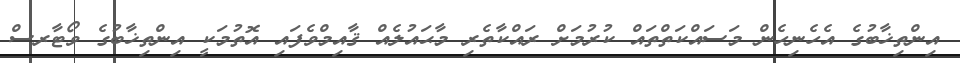
އިންތިޚާބުގެ އެހެނިހެން މަސައްކަތްތައް ކުރުމަށް ރައްކާތެރި މާޙައުލެއް ޤާއިމްވެފައި އޮތުމަކީ އިންތިޚާބުގެ ވޯޓާރސް